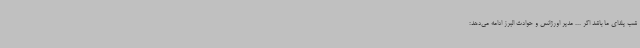
شب یلدای ما باشد اگر ... مدیر اورژانس و حوادث البرز ادامه می‌دهد: